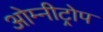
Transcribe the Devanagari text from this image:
ओम्नीट्रोप